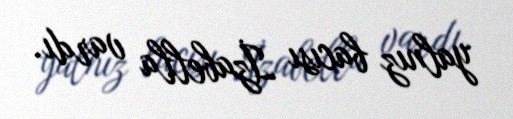
yalnız bacısı İzabella vardı.